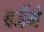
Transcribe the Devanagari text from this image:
बजेंगे